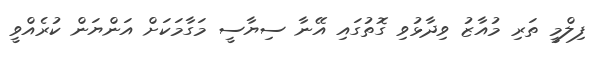
ފިލްމީ ތަރި މުއާޒު ވިދާޅުވި ގޮތުގައި އޭނާ ސިޔާސީ މަގާމަކަށް އަންޔަން ކުރެއްވީ